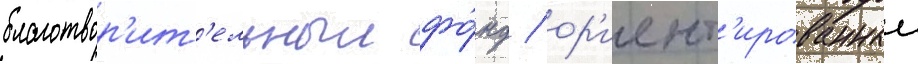
благотвор'ит'ельныи фо́нд / ор'иент'ированныи